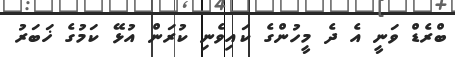
ބްރެޑް ވަނީ އެ ދެ މީހުންގެ ކައިވެނި ކުރަން އުޅޭ ކަމުގެ ޚަބަރު